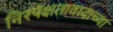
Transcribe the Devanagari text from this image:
निरपेक्षतावादाच्या